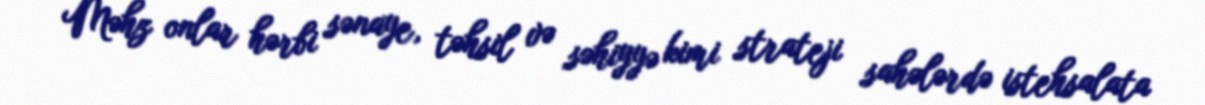
Məhz onlar hərbi sənaye, təhsil və səhiyyə kimi strateji sahələrdə istehsalata